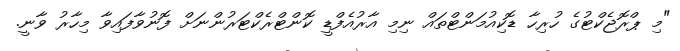
"މި ޕްރޮޖެކްޓުގެ ހުރިހާ ޑޮކިއުމަންޓްތައް ނިމި އާރުއެފްޑީ ކޮންޓްރެކްޓަރުންނަށް ފޮނުވާފައިވާ މިހާރު ވާނީ.